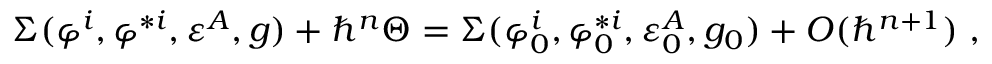
\Sigma ( \varphi ^ { i } , \varphi ^ { * i } , \varepsilon ^ { A } , g ) + \hbar ^ { n } \Theta = \Sigma ( \varphi _ { 0 } ^ { i } , \varphi _ { 0 } ^ { * i } , \varepsilon _ { 0 } ^ { A } , g _ { 0 } ) + O ( \hbar ^ { n + 1 } ) \; ,